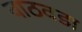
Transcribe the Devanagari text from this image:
वाठवडा